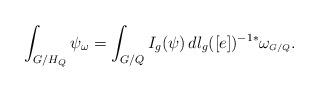
LaTeX: \begin{align*}\int_{G/H_{Q}}\psi_{\omega}=\int_{G/Q} I_g(\psi)\, dl_{g}([e])^{-1*}\omega_{\scriptscriptstyle G/Q}.\end{align*}